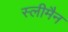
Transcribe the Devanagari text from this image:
स्‍लीमैन